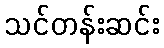
သင်တန်းဆင်း